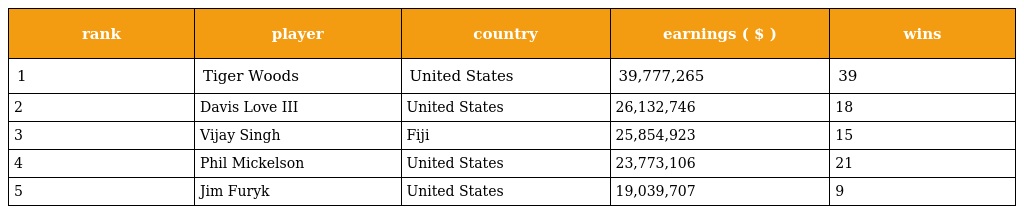
| rank | player | country | earnings ( $ ) | wins |
 | --- | --- | --- | --- | --- |
 | 1 | Tiger Woods | United States | 39,777,265 | 39 |
 | 2 | Davis Love III | United States | 26,132,746 | 18 |
 | 3 | Vijay Singh | Fiji | 25,854,923 | 15 |
 | 4 | Phil Mickelson | United States | 23,773,106 | 21 |
 | 5 | Jim Furyk | United States | 19,039,707 | 9 |